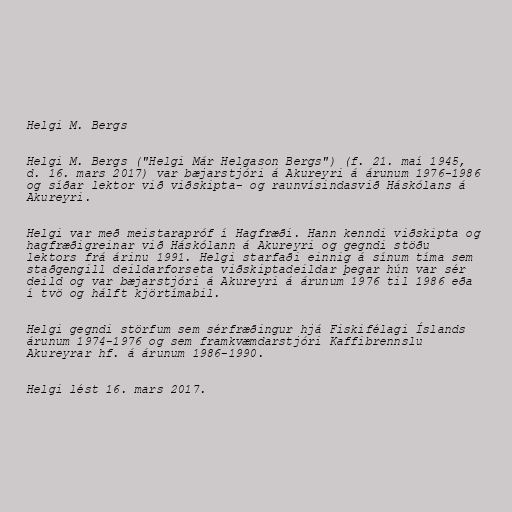
Helgi M. Bergs

Helgi M. Bergs ("Helgi Már Helgason Bergs") (f. 21. maí 1945,
d. 16. mars 2017) var bæjarstjóri á Akureyri á árunum 1976-1986
og síðar lektor við viðskipta- og raunvísindasvið Háskólans á
Akureyri.

Helgi var með meistarapróf í Hagfræði. Hann kenndi viðskipta og
hagfræðigreinar við Háskólann á Akureyri og gegndi stöðu
lektors frá árinu 1991. Helgi starfaði einnig á sínum tíma sem
staðgengill deildarforseta viðskiptadeildar þegar hún var sér
deild og var bæjarstjóri á Akureyri á árunum 1976 til 1986 eða
í tvö og hálft kjörtímabil.

Helgi gegndi störfum sem sérfræðingur hjá Fiskifélagi Íslands
árunum 1974-1976 og sem framkvæmdarstjóri Kaffibrennslu
Akureyrar hf. á árunum 1986-1990.

Helgi lést 16. mars 2017.